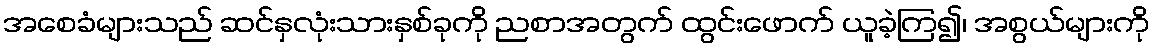
အစေခံများသည် ဆင်နှလုံးသားနှစ်ခုကို ညစာအတွက် ထွင်းဖောက် ယူခဲ့ကြ၍၊ အစွယ်များကို